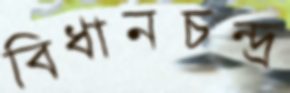
বিধানচন্দ্র